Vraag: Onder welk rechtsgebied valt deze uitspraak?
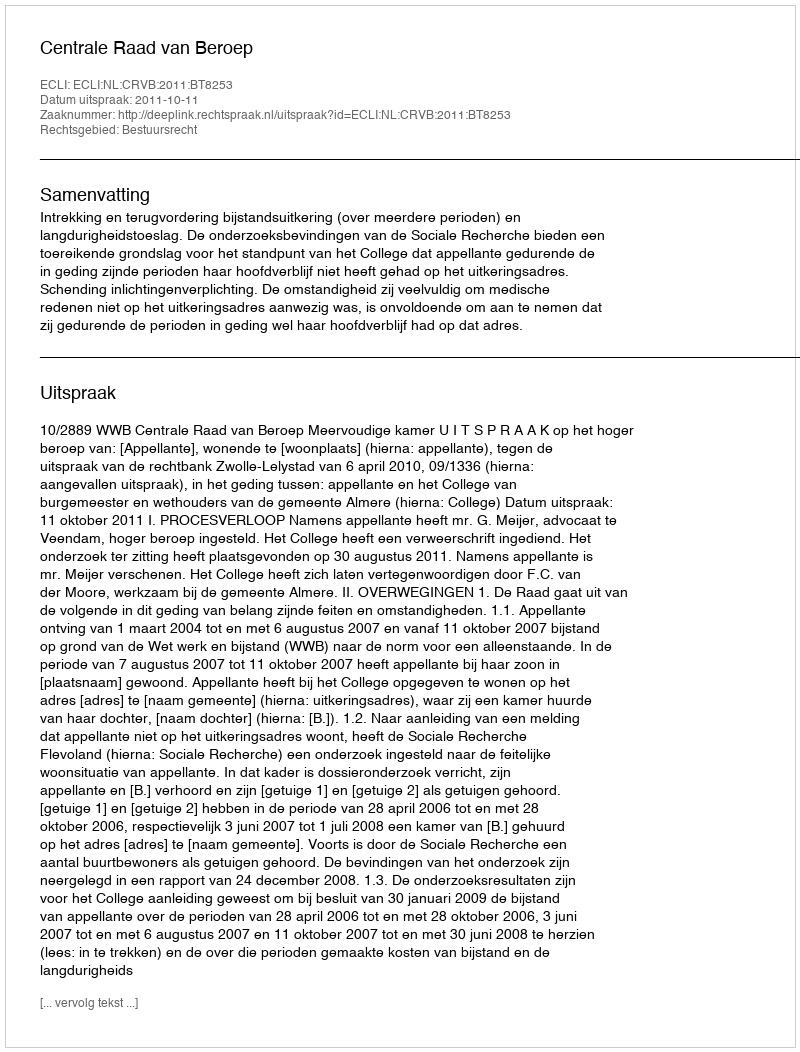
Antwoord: Bestuursrecht